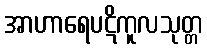
အာဟာရေပဋိကူလသုတ္တ